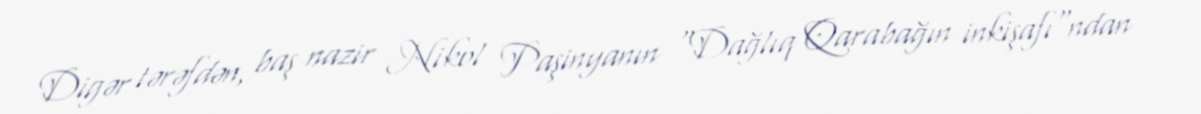
Digər tərəfdən, baş nazir Nikol Paşinyanın "Dağlıq Qarabağın inkişafı"ndan